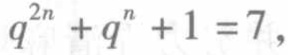
$q^{2n}+q^{n}+1 = 7,$